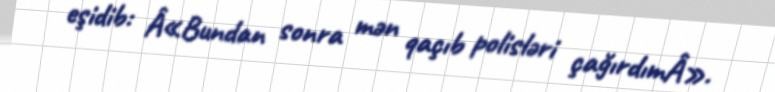
eşidib: Â«Bundan sonra mən qaçıb polisləri çağırdımÂ».